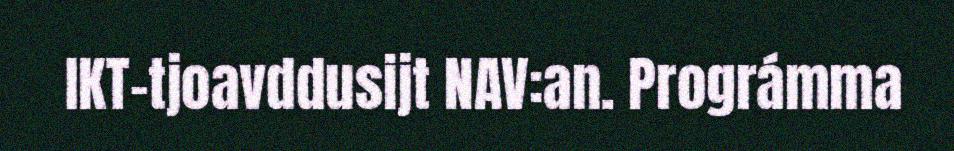
IKT-tjoavddusijt NAV:an. Prográmma